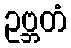
ဥဗ္ဘတံ